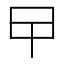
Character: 曱